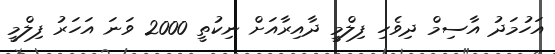
އަހުމަދު އާސިމް ދިވެހި ފިލްމީ ދާއިރާއަށް ނިކުތީ 2000 ވަނަ އަހަރު ފިލްމީ